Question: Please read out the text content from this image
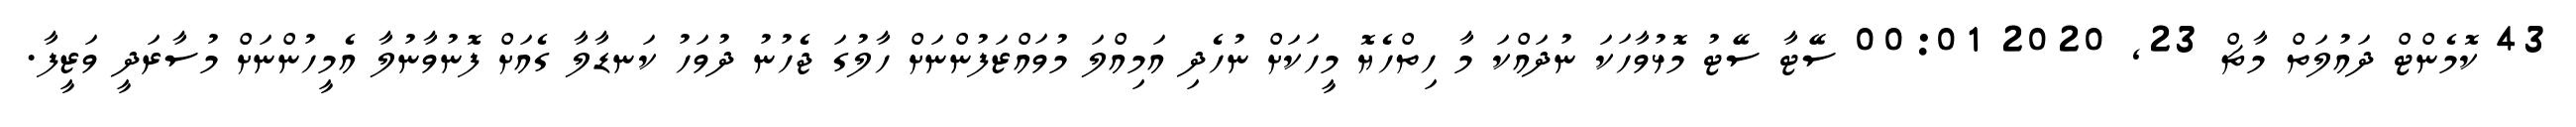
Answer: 43 ކޮމެންޓް ދައުލަތް މާޗް 23, 2020 00:01 ސޭޓާ ސޭޓު މޮޅުވާހަކަ ނުދައްކަ މާ ހިތްހެޔޮ މީހަކަށް ނުހެދި އަމިއްލަ މުވައްޒަފުންނަށް ހާލުގަ ޖެހުނު ދުވަހު ކަނޑާލާ ގެއަށް ފޮނުވާނުލާ އެމީހުންނަށް މުސާރަދީ ވަޒީފާ.